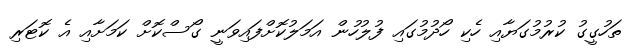
ތަހުގީގު ކުރުމުގަޔާއި ހެކި ހޯދުމުގައި ފުލުހުން އަމަލުކޮށްފައިވަނީ ގޯސްކޮށް ކަމަށާއި އެ ކޮޓަރި